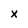
Character: x